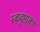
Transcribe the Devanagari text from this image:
स्वादुपाका